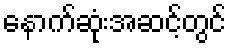
နောက်ဆုံးအဆင့်တွင်